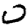
Digit: 0